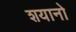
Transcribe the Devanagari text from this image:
शयानो